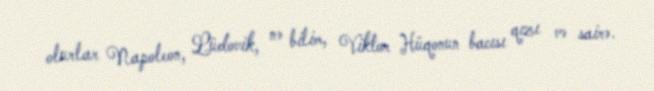
olurlar Napoleon, Lüdovik, nə bilim, Viktor Hüqonun bacısı qızı və sairə.